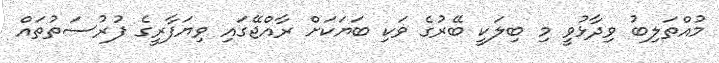
މުއްތަލިބު ވިދާޅުވީ މި ބިލަކީ ބޭރުގެ ވަކި ބަޔަކަށް ރާއްޖޭގައި ވިޔަފާރީގެ ފުރުސަތުތައް